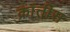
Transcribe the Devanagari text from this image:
क्रांतीस